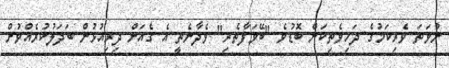
ނުވަތަ ވެރިކަމުގެ ދަހިވެތިކަން ބޮޑުވެ "ބޭވަފާތެރި" ވެދާނެތީ އެ ގެއަށް ދިރިއުޅުން ބަދަލުކުރެއްވުން